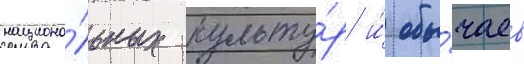
национа́льных культу́р и́ обы́чаев